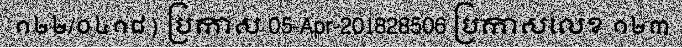
១២២/០៤១៨) ប្រកាស 05-Apr-201828506 ប្រកាសលេខ ១២៣